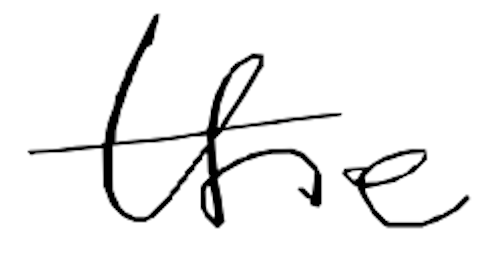
Text: the
Cross-out: clean
Writing tool: digital_black